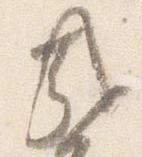
哉